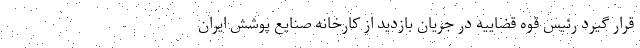
قرار گیرد رئیس قوه قضاییه در جریان بازدید از کارخانه صنایع پوشش ایران